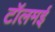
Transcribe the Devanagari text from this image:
टॉलमई